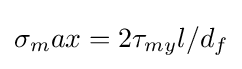
\sigma _{m}ax=2\tau _{my}l/d_{f}